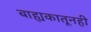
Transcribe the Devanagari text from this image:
बाह्यकातूनही